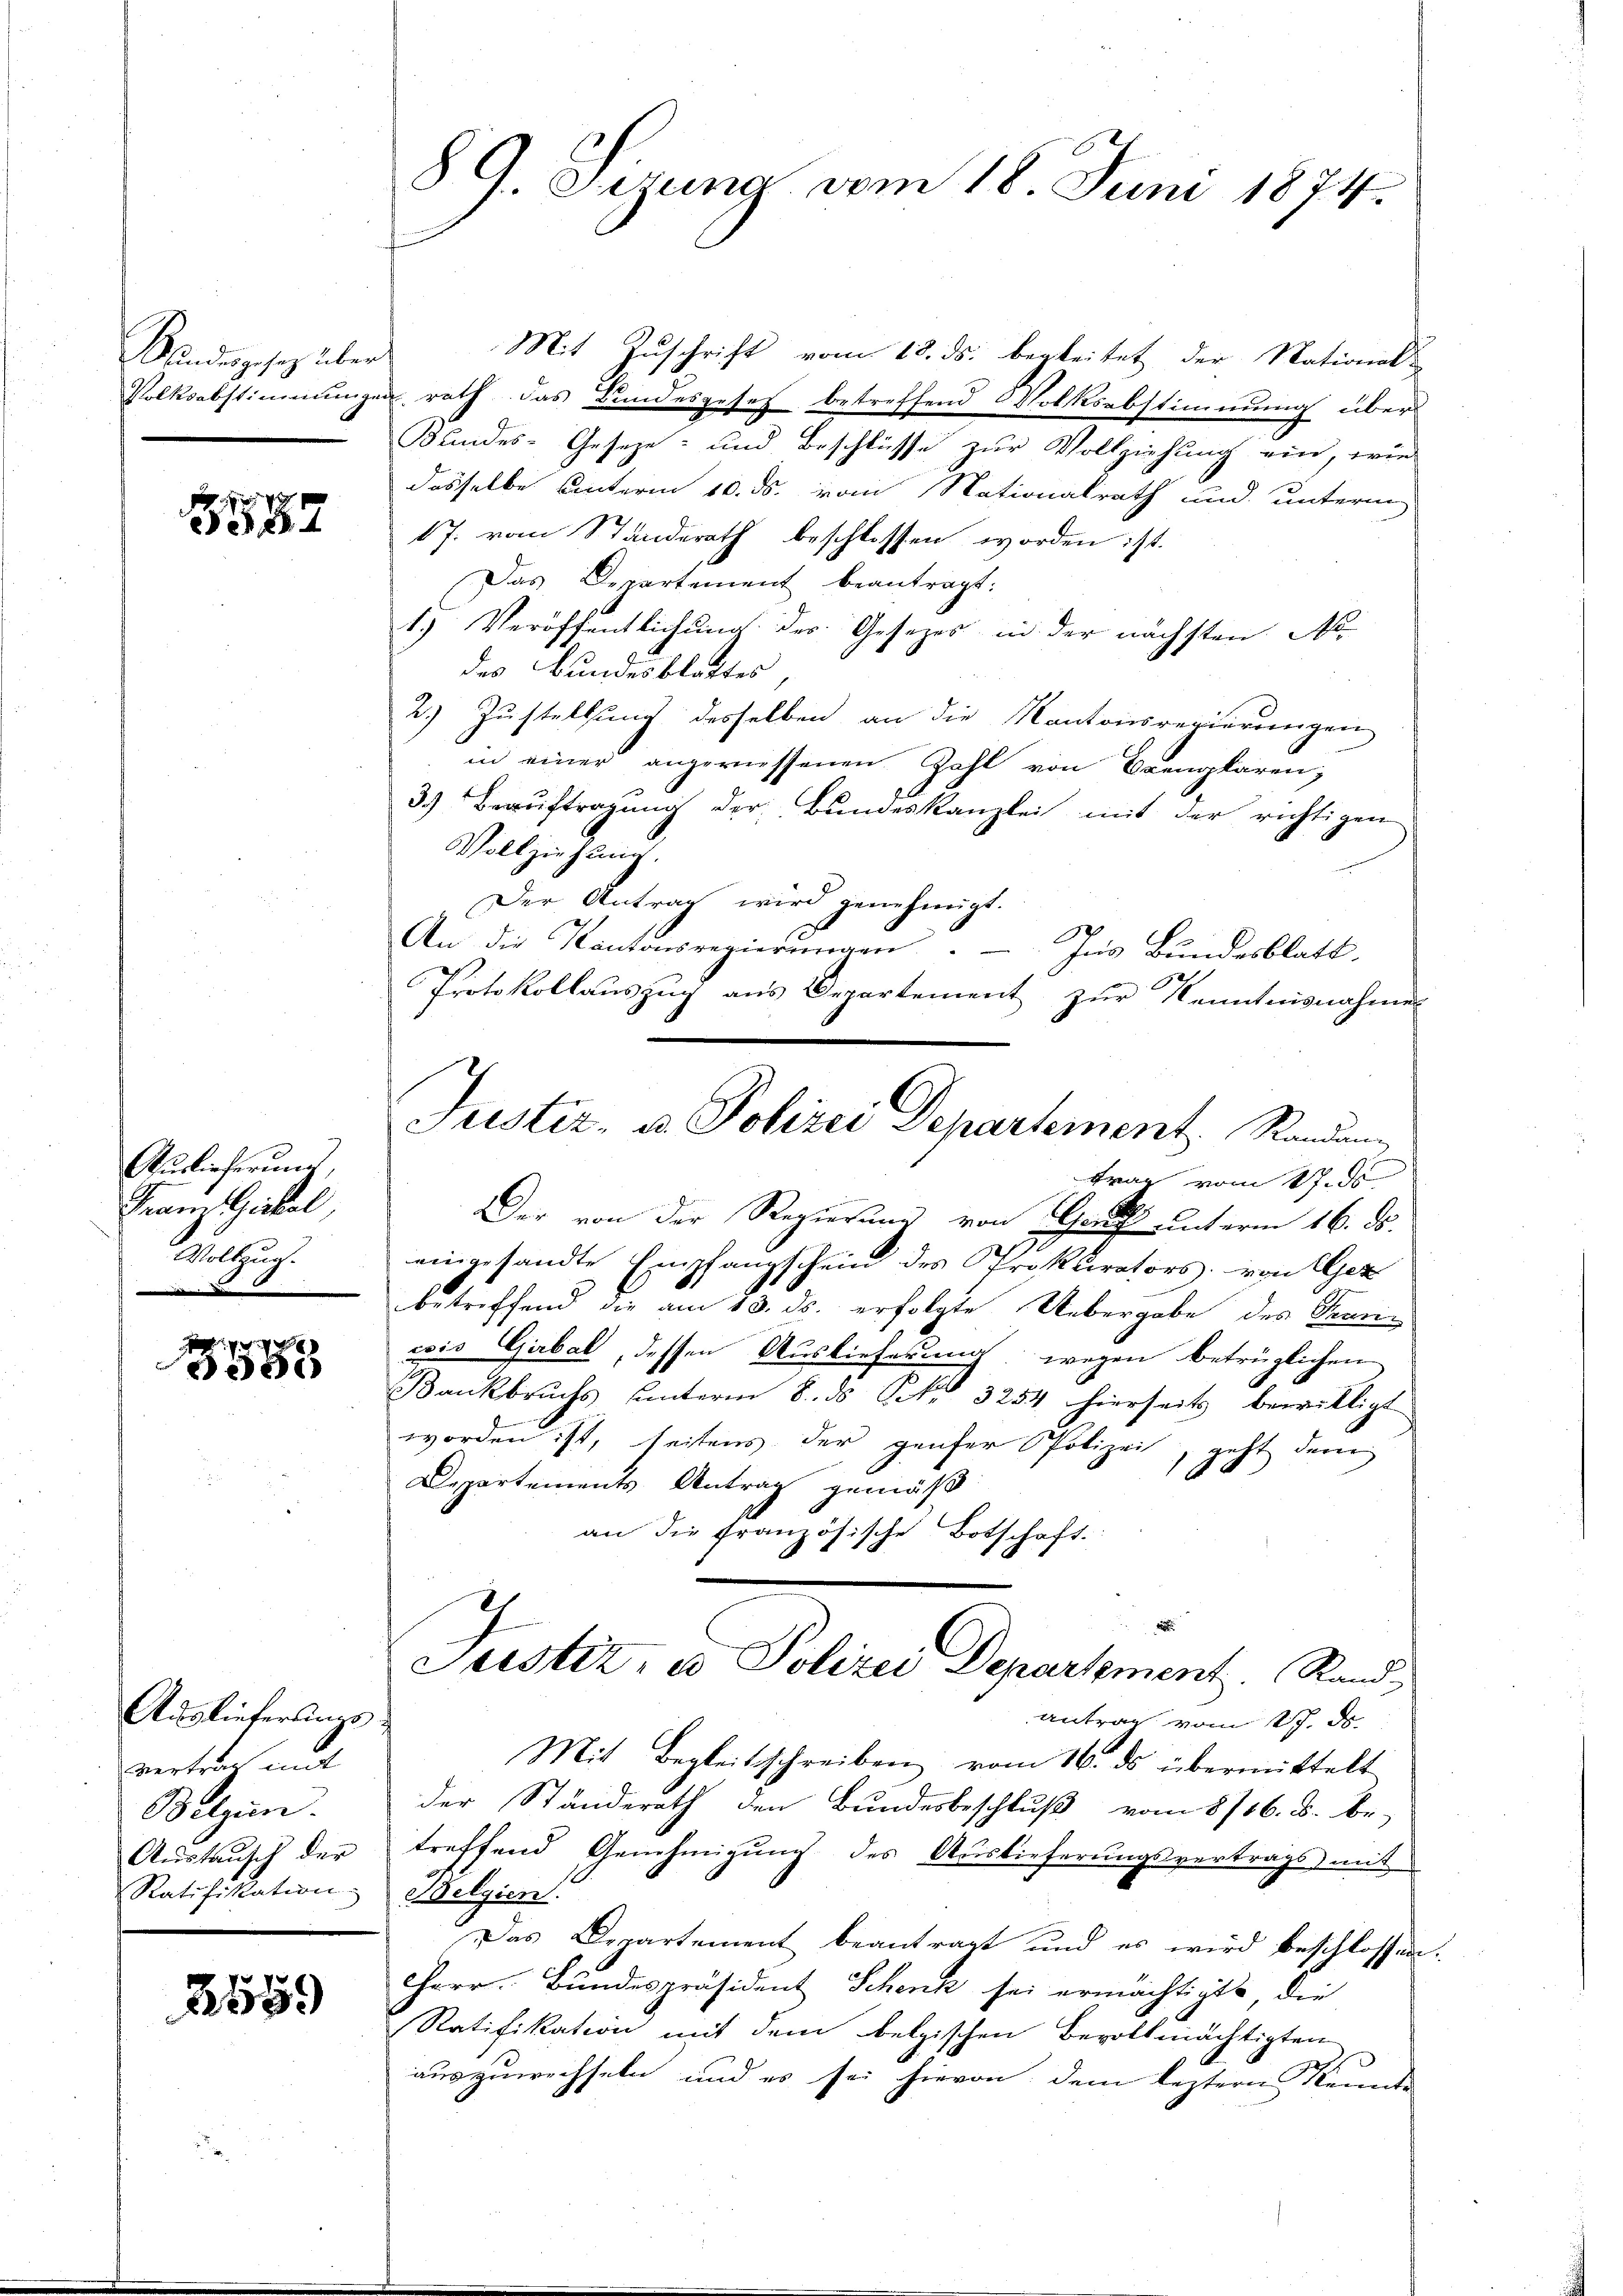
Stundesgesetz über
Volksabstimmung

587

Auslieferung,
Tram Zickel
Wolthung

e
e

Auslieferung
vertrag mit
Belzen.
Austausch der
Ratifikation

2559

8 G. Sizung vom 18. Juni 1874.

Mit Zuschrift vom 18. ds. begleitet der National-
f
en rath das Bundesgesetz betreffend Volksabstimmung über
Bundes-Geseze und Beschlüsse zur Vollziehung ein, wied
dasselbe unterm 10. ds. vom Nationalrath und unterm
17. vom Standerath beschlossen worden ist.
Das Departement beantragt:
1.) Veröffentlichung des Gesetzes in der nächsten No
des Bundesblattes
2.) Zustellung desselben an die Kantonsregierungen
in einer angemessenen Zahl von Bremplaren,
3.) Beauftragung der Bundeskanzlei mit der richtigen
Vollziehung.
Der Antrag wird genehmigt.
An die Kantonsregierŭngen. Ins Bundesblatt.
Protokollauszug aus Departement zur Kenntnisnahme
Der von der Regierung von Gruss unterm 16. ds.
eingesandte Empfangschein des Prokurators. von Ger
betreffend die am 13. ds. erfolgte Uebergabe des Sanicis Gibal, dessen Auslieferung wegen betrüglichen
Bankbruchs unterm 8. ds Frk. 3254 hierseits bewilligt
worden ist, seitens der genfer Polizei geht denn
140
Departements Antrag gemäß
an die französische Botschaft.
Justiz- u Polizei Departement. Rand
Antrag vom 27. ds.
Mit Begleitsschreiben vom 16. ds übermittelt
der Ständerath den Bundesbeschluß vom 8/16. B. be-
treffend Genehmigŭng des Auslieferŭngsvertrags mit
Belgien.
Das Departement beantragt und es wird beschlossen
Herr. Bŭndespräsident Schenk sei ermächtigte die
Ratifikation mit dem belgischen Bevollmächtigten
auszuwechseln und es sei hievon dem leztern Kennt-

Justiz- u. Polizei Departement. Standen
trag vom 17. ds.